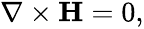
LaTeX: \begin{array}{r}{\nabla\times\textbf{H}=0,}\end{array}